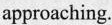
approaching.